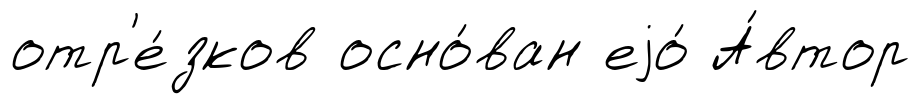
отр'е́зков осно́ван еjо́ А́втор